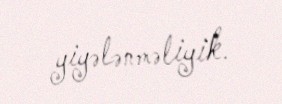
yiyələnməliyik.